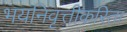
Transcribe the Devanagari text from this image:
भयनिवृत्तीकरिता